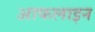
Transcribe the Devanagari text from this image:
आफलाइन